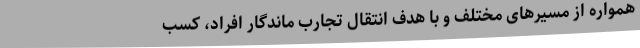
همواره از مسیرهای مختلف و با هدف انتقال تجارب ماندگار افراد، کسب‌